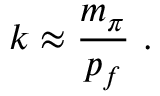
k \approx \frac { m _ { \pi } } { p _ { f } } \ .